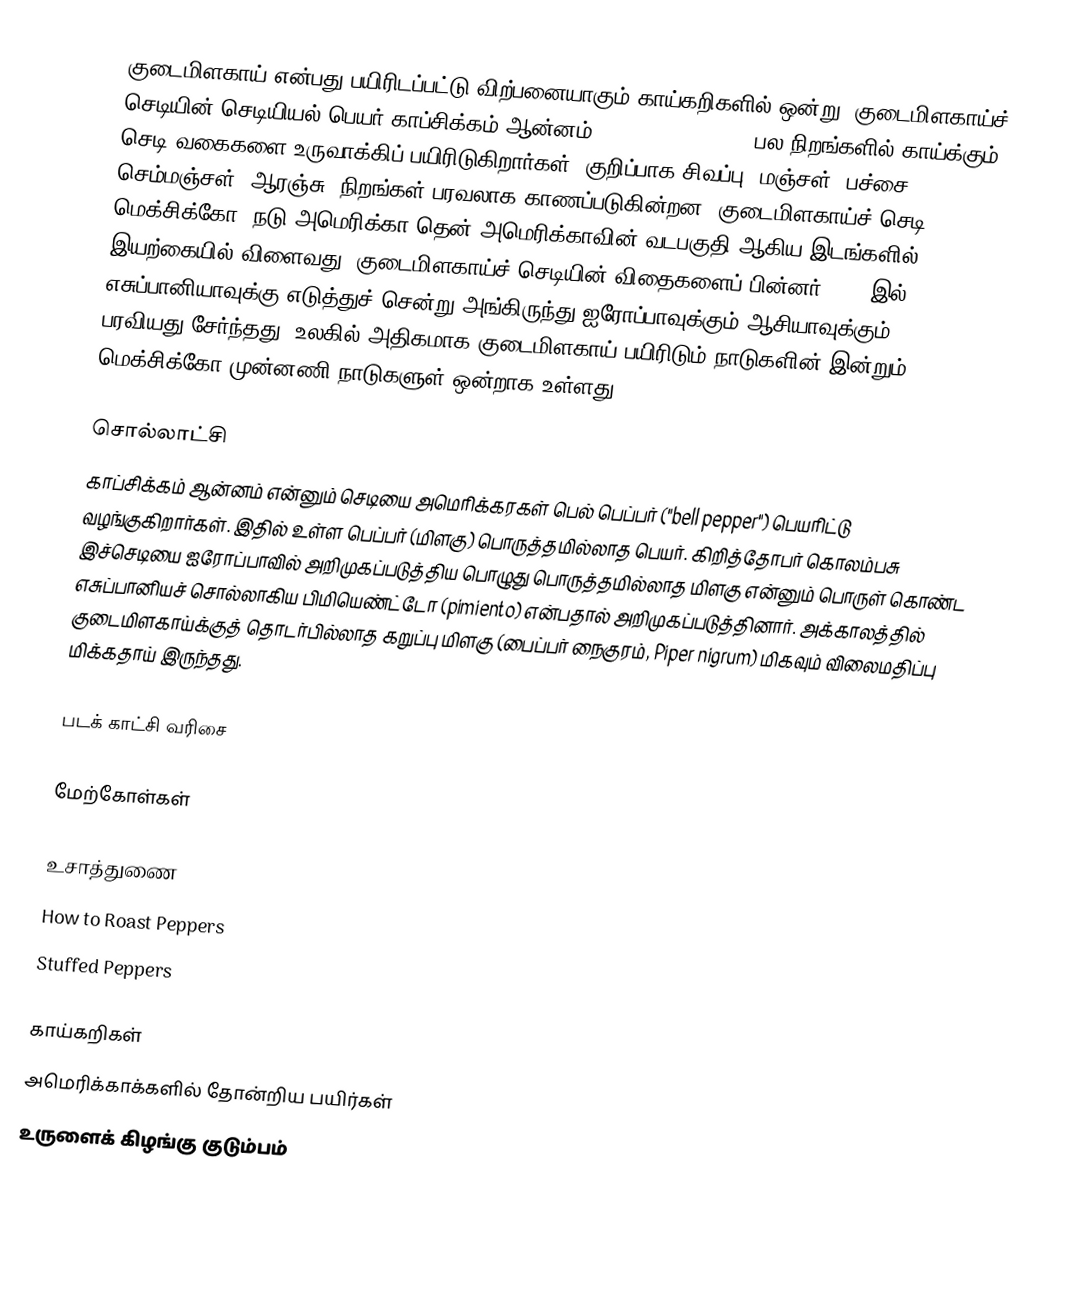
குடைமிளகாய் என்பது பயிரிடப்பட்டு விற்பனையாகும் காய்கறிகளில் ஒன்று. குடைமிளகாய்ச் செடியின் செடியியல் பெயர் காப்சிக்கம் ஆன்னம் (Capsicum annuum). பல நிறங்களில் காய்க்கும் செடி வகைகளை உருவாக்கிப் பயிரிடுகிறார்கள். குறிப்பாக சிவப்பு, மஞ்சள், பச்சை, செம்மஞ்சள் (ஆரஞ்சு) நிறங்கள் பரவலாக காணப்படுகின்றன. குடைமிளகாய்ச் செடி மெக்சிக்கோ, நடு அமெரிக்கா தென் அமெரிக்காவின் வடபகுதி ஆகிய இடங்களில் இயற்கையில் விளைவது. குடைமிளகாய்ச் செடியின் விதைகளைப் பின்னர் 1493 இல் எசுப்பானியாவுக்கு எடுத்துச் சென்று அங்கிருந்து ஐரோப்பாவுக்கும் ஆசியாவுக்கும் பரவியது.சேர்ந்தது. உலகில் அதிகமாக குடைமிளகாய் பயிரிடும் நாடுகளின் இன்றும் மெக்சிக்கோ முன்னணி நாடுகளுள் ஒன்றாக உள்ளது.

சொல்லாட்சி
காப்சிக்கம் ஆன்னம் என்னும் செடியை அமெரிக்கரகள்  பெல் பெப்பர் ("bell pepper") பெயரிட்டு வழங்குகிறார்கள். இதில் உள்ள பெப்பர் (மிளகு) பொருத்தமில்லாத பெயர். கிறித்தோபர் கொலம்பசு இச்செடியை ஐரோப்பாவில் அறிமுகப்படுத்திய பொழுது  பொருத்தமில்லாத மிளகு என்னும் பொருள் கொண்ட எசுப்பானியச் சொல்லாகிய பிமியெண்ட்டோ (pimiento) என்பதால் அறிமுகப்படுத்தினார். அக்காலத்தில் குடைமிளகாய்க்குத் தொடர்பில்லாத கறுப்பு மிளகு (பைப்பர் நைகுரம், Piper nigrum) மிகவும் விலைமதிப்பு மிக்கதாய் இருந்தது.

படக் காட்சி வரிசை

மேற்கோள்கள்

உசாத்துணை
 How to Roast Peppers
 Stuffed Peppers

காய்கறிகள்
அமெரிக்காக்களில் தோன்றிய பயிர்கள்
உருளைக் கிழங்கு குடும்பம்